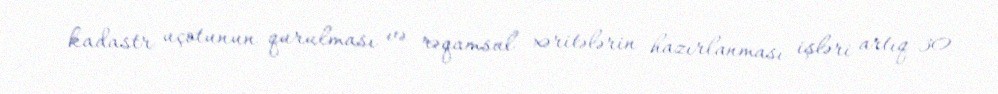
kadastr uçotunun qurulması və rəqamsal xəritələrin hazırlanması işləri artıq 30